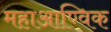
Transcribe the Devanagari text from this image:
महाआण्विक